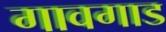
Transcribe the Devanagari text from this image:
गावगाड